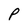
Character: P